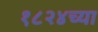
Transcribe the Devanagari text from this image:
१८२४च्या